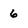
Character: 6